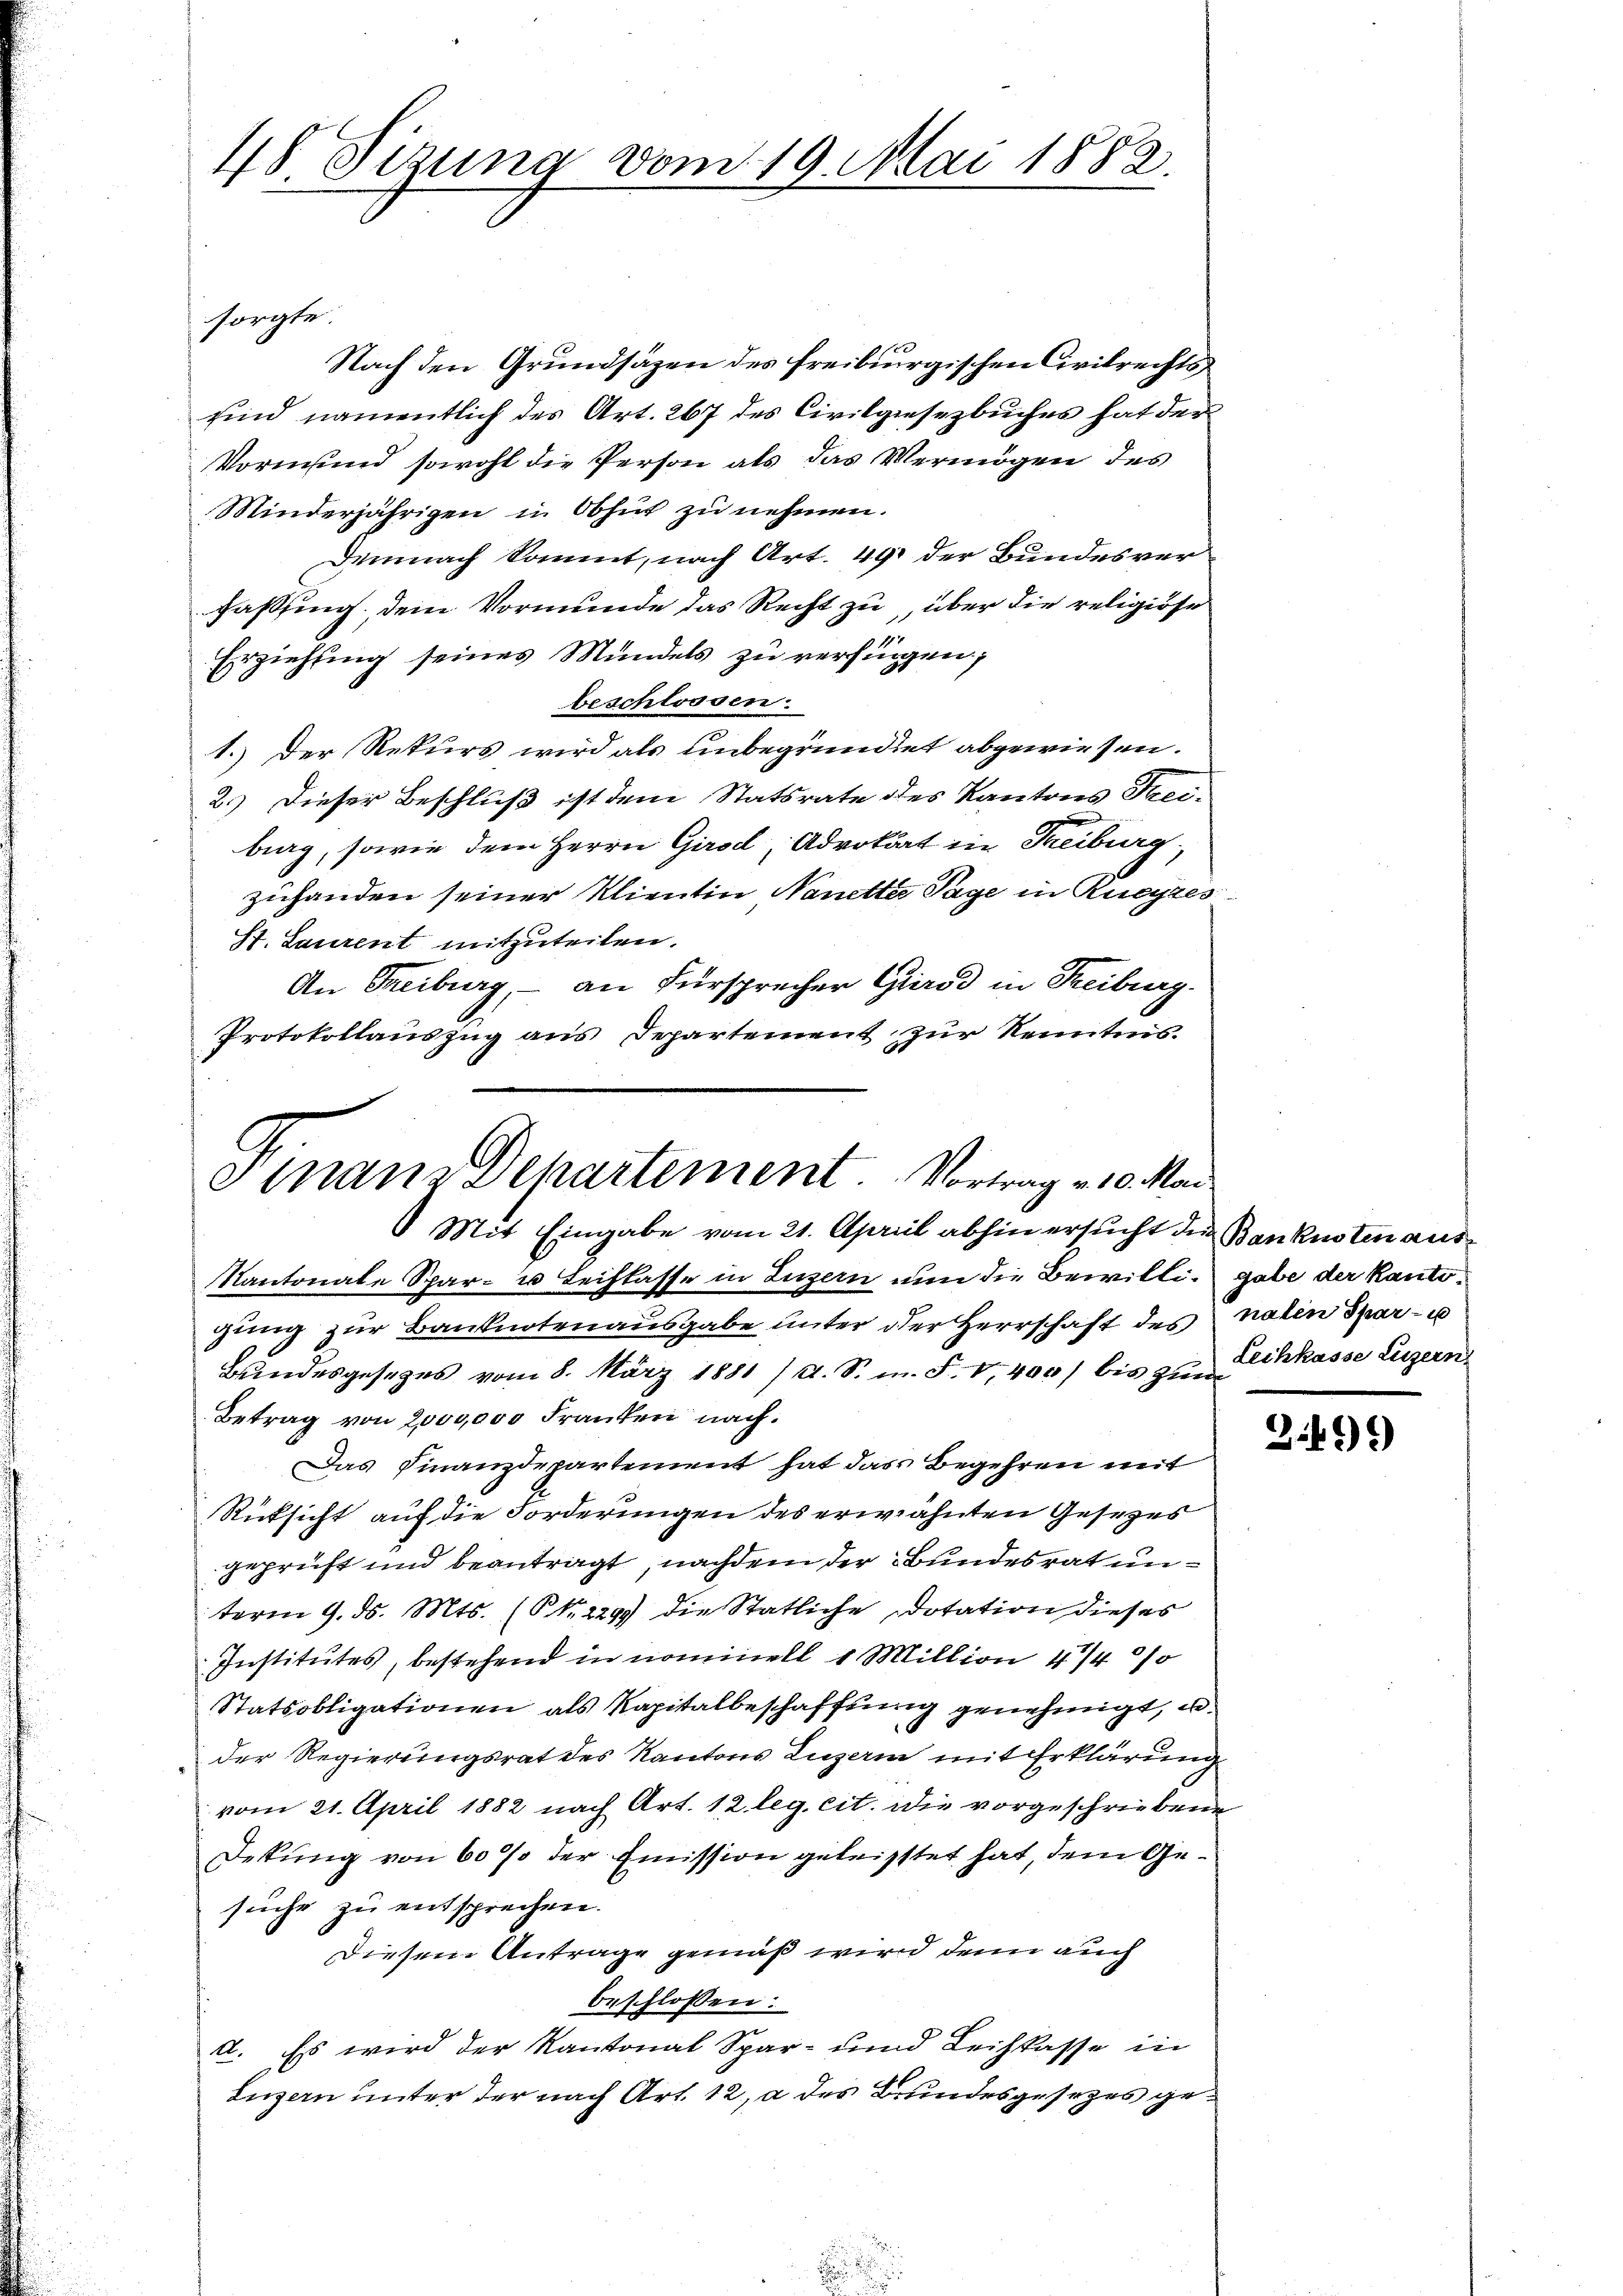
48. Sizung vom 19. Mai 1882.

Nach den Grundsätzen des freiburgischen Civilrechts
sind namentlich des Art. 267 des Civilgesezbuches hat der
Vormund sowohl die Person als das Vermögen des
Minderjährigen in Obhut zu nehmen.
Demnach kommt, nach Art. 49 der Bundesverfaßssing, dem Vormunde das Recht zu über die religiöse
Erziehung seines Mündels zu verfingen;
beschlossen:
1.) Der Rekurs wird als unbegründet abgewiesen.
2.) Dieser Beschluß ist dem Statsrate des Kantons Frei-
big, sowie dem Herrn Girod, Advokart in Freiburg,
zuhanden seiner Klientin Nanetter Tage in Rueyres
St. Laurent mitzuteilen.
An Freiburg, – an Fürsprecher Gurod in Freiburg
Protokollauszug aus Departement zur Kenntnis.

sorgte.

Finanz Dehartement. Vortrag v. 10. Mai
 Mit Eingabe vom 21. April abhin ersucht die Bankusten aus¬
Kantonale Spar- u Leichlasse in Luzern nun die Bewilli- gabe der Kanto¬

gung zur Banknotenausgabe unter der Herrschaft des naten Spar- u
Bŭndesgesezes vom 8. März 1881 / A. S. m. F. 1,400 bis zur Sihkasse Luzern,
Betrag von 2000,000 Franken nach.
Das Finanzdepartement hat das Begehren mit
Rücksicht auf die Forderungen des erwähnten Gesezes
geprüft und beantragt, nachdem der Bundesrat unterm 9. ds. Mts. (S. 229 die Statliche Dotation dieses
Institutes, bestehend in nominell 1 Million 4/4 %
Statsobligationen als Kapitalbeschaffung genehmigt, u
der Regierungsrat des Kantons Luzern mit Erklärung
vom 21. April 1882 nach Art. 12 leg. cit. die vorgeschriebene
Dekung von 60 % der Emission geleistet hat, dem Gesuche zu entsprechen.
Diesem Antrage gemäß wird denn auch
beschlossen:
A. Es wird der Kantonal Spar- und Leihkasse in
Luzern unter der nach Art. 12, a des Brundesgesetzes ge¬

2499)